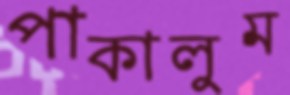
পাকালুম